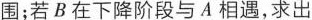
围；若B在下降阶段与A相遇，求出v0